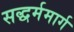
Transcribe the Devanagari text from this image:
सद्धर्ममार्ग